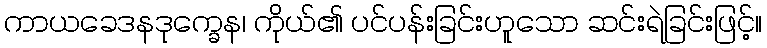
ကာယခေဒနဒုက္ခေန၊ ကိုယ်၏ ပင်ပန်းခြင်းဟူသော ဆင်းရဲခြင်းဖြင့်။